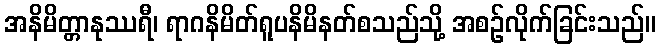
အနိမိတ္တာနုဿရီ၊ ရာဂနိမိတ်ရူပနိမိနတ်စသည်သို့ အစဉ်လိုက်ခြင်းသည်။